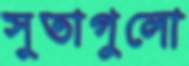
সুতাগুলো